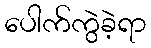
ပေါက်ကွဲခဲ့ရာ